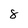
Character: 8